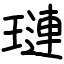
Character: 璉